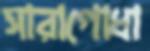
সারাগোধা